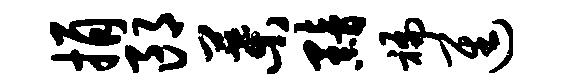
捐郎叶黯褊进